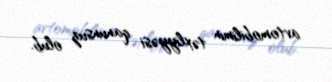
avtomobilimin təxliyyəsi qanunsuz olub.